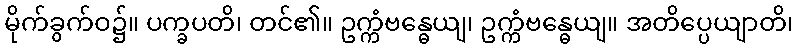
မိုက်ခွက်ဝ၌။ ပက္ခပတိ၊ တင်၏။ ဥက္ကံဗန္ဓေယျ၊ ဥက္ကံဗန္ဓေယျ။ အတိပ္ပေယျာတိ၊